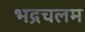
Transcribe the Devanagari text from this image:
भद्रचलम